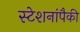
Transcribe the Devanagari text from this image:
स्टेशनांपैकी